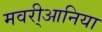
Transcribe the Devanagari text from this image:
मवरी्आनिया